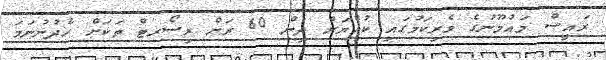
ރައީސް މައުމޫނުގެ ވެރިކަމުގައި ކުއްޔަށް ދިން 60 ރަށް ރިސޯރޓް ތަކަށް ހެދުނުނަމަ